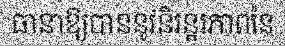
ធានាឱ្យបាននូវនិរន្តរភាពនៃ